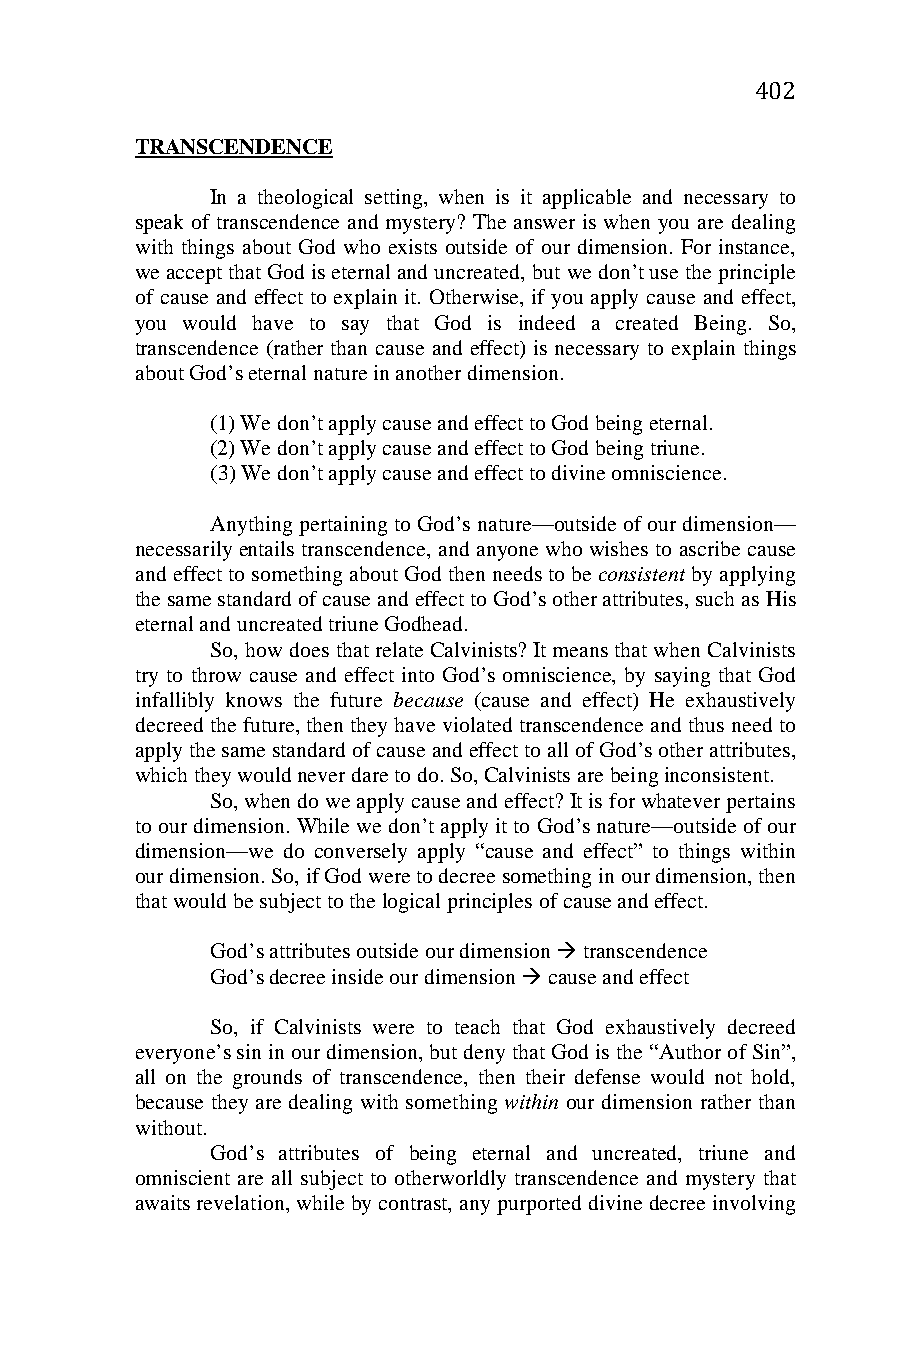
402
 TRANSCENDENCE
 In a theological setting, when is it applicable and necessary to
 speak of transcendence and mystery? The answer is when you are dealing
 with things about God who exists outside of our dimension. For instance,
 we accept that God is eternal and uncreated, but we don’t use the principle
 of cause and effect to explain it. Otherwise, if you apply cause and effect,
 you would have to say that God is indeed a created Being. So,
 transcendence (rather than cause and effect) is necessary to explain things
 about God’s eternal nature in another dimension.
 (1) We don’t apply cause and effect to God being eternal.
 (2) We don’t apply cause and effect to God being triune.
 (3) We don’t apply cause and effect to divine omniscience.
 Anything pertaining to God’s nature—outside of our dimension—
 necessarily entails transcendence, and anyone who wishes to ascribe cause
 and effect to something about God then needs to be consistent by applying
 the same standard of cause and effect to God’s other attributes, such as His
 eternal and uncreated triune Godhead.
 So, how does that relate Calvinists? It means that when Calvinists
 try to throw cause and effect into God’s omniscience, by saying that God
 infallibly knows the future because (cause and effect) He exhaustively
 decreed the future, then they have violated transcendence and thus need to
 apply the same standard of cause and effect to all of God’s other attributes,
 which they would never dare to do. So, Calvinists are being inconsistent.
 So, when do we apply cause and effect? It is for whatever pertains
 to our dimension. While we don’t apply it to God’s nature—outside of our
 dimension—we do conversely apply “cause and effect” to things within
 our dimension. So, if God were to decree something in our dimension, then
 that would be subject to the logical principles of cause and effect.
 God’s attributes outside our dimension  transcendence
 God’s decree inside our dimension  cause and effect
 So, if Calvinists were to teach that God exhaustively decreed
 everyone’s sin in our dimension, but deny that God is the “Author of Sin”,
 all on the grounds of transcendence, then their defense would not hold,
 because they are dealing with something within our dimension rather than
 without.
 God’s attributes of being eternal and uncreated, triune and
 omniscient are all subject to otherworldly transcendence and mystery that
 awaits revelation, while by contrast, any purported divine decree involving